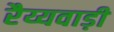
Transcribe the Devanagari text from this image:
रैय्यवाड़ी